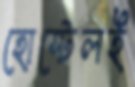
হোস্টেলই